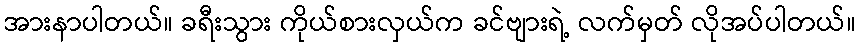
အားနာပါတယ်။ ခရီးသွား ကိုယ်စားလှယ်က ခင်ဗျားရဲ့ လက်မှတ် လိုအပ်ပါတယ်။